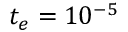
t _ { e } = 1 0 ^ { - 5 }